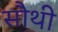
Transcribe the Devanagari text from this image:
सौथी